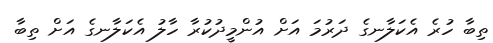
ތިބާ ހުރެ އެކަލާނގެ ދަރުމަ އަށް އުންމީދުކުރާ ހާލު އެކަލާނގެ އަށް ތިބާ